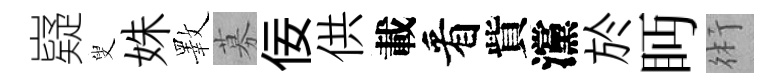
嶷叟姝斁募佞供載看貲灙於眄術